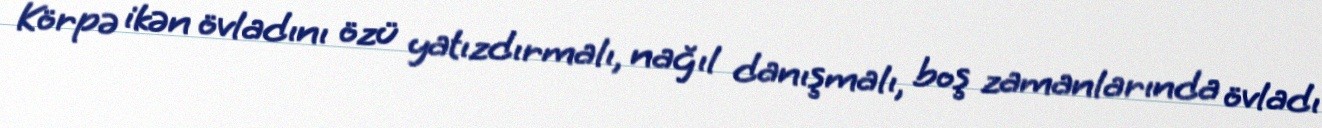
Körpə ikən övladını özü yatızdırmalı, nağıl danışmalı, boş zamanlarında övladı